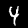
Digit: 4